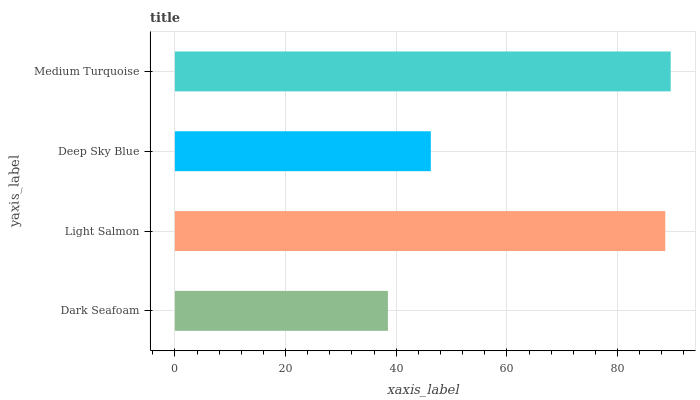
| yaxis_label | bars |
 | --- | --- |
 | Dark Seafoam | 38.5 |
 | Light Salmon | 88.6 |
 | Deep Sky Blue | 46.3 |
 | Medium Turquoise | 89.6 |